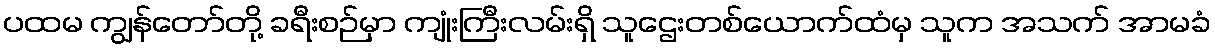
ပထမ ကျွန်တော်တို့ ခရီးစဉ်မှာ ကျုံးကြီးလမ်းရှိ သူဌေးတစ်ယောက်ထံမှ သူက အသက် အာမခံ